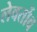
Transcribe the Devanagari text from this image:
लेवर्तोव